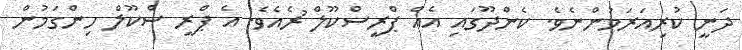
ދަނީ ކުރިއަރަމުންނެވެ. ކެންދޫގައި އެއް ޕްރީސްކޫލް ުރެއެވެ. އެ ޕްރީ ސްކޫލް ހިންގަމުން